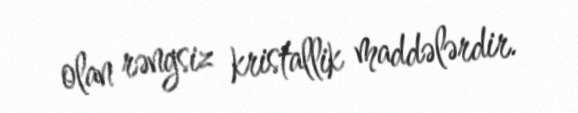
olan rəngsiz kristallik maddələrdir.